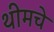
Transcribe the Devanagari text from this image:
थीमचे